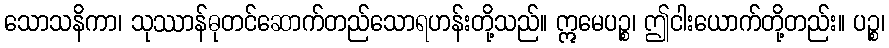
သောသနိကာ၊ သုဿာန်ဓုတင်ဆောက်တည်သောရဟန်းတို့သည်။ ဣမေပဉ္စ၊ ဤငါးယောက်တို့တည်း။ ပဉ္စ၊